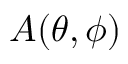
A ( \theta , \phi )